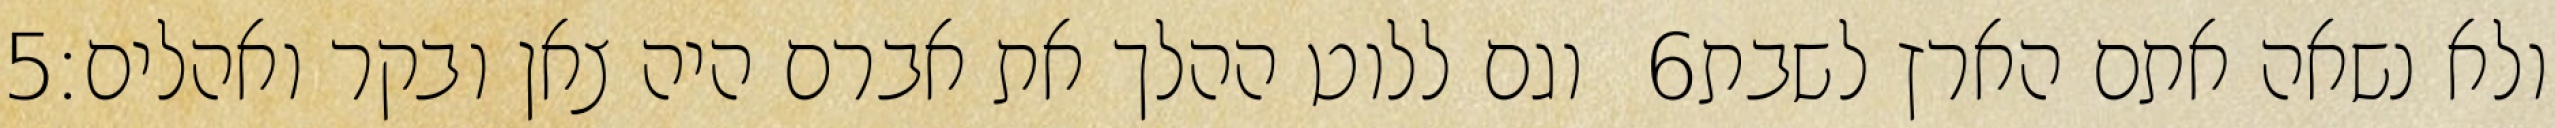
‎5‏ וגם ללוט ההלך את אברם היה צאן ובקר ואהלים׃ ‎6‏ ולא נשאה אתם הארץ לשבת